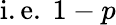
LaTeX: {\mathrm{i.e.~}}1-p